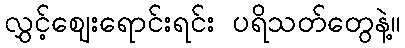
လွှင့်ဈေးရောင်းရင်း ပရိသတ်တွေနဲ့။